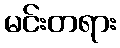
မင်းတရား